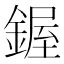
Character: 𫒷